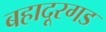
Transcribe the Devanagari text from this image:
बहादूरगड